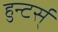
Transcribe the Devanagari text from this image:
हुन्टर्स्